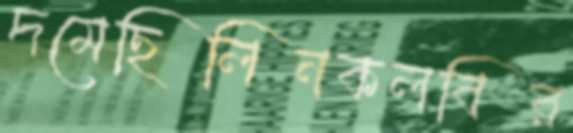
দমেছিলিনকলবির